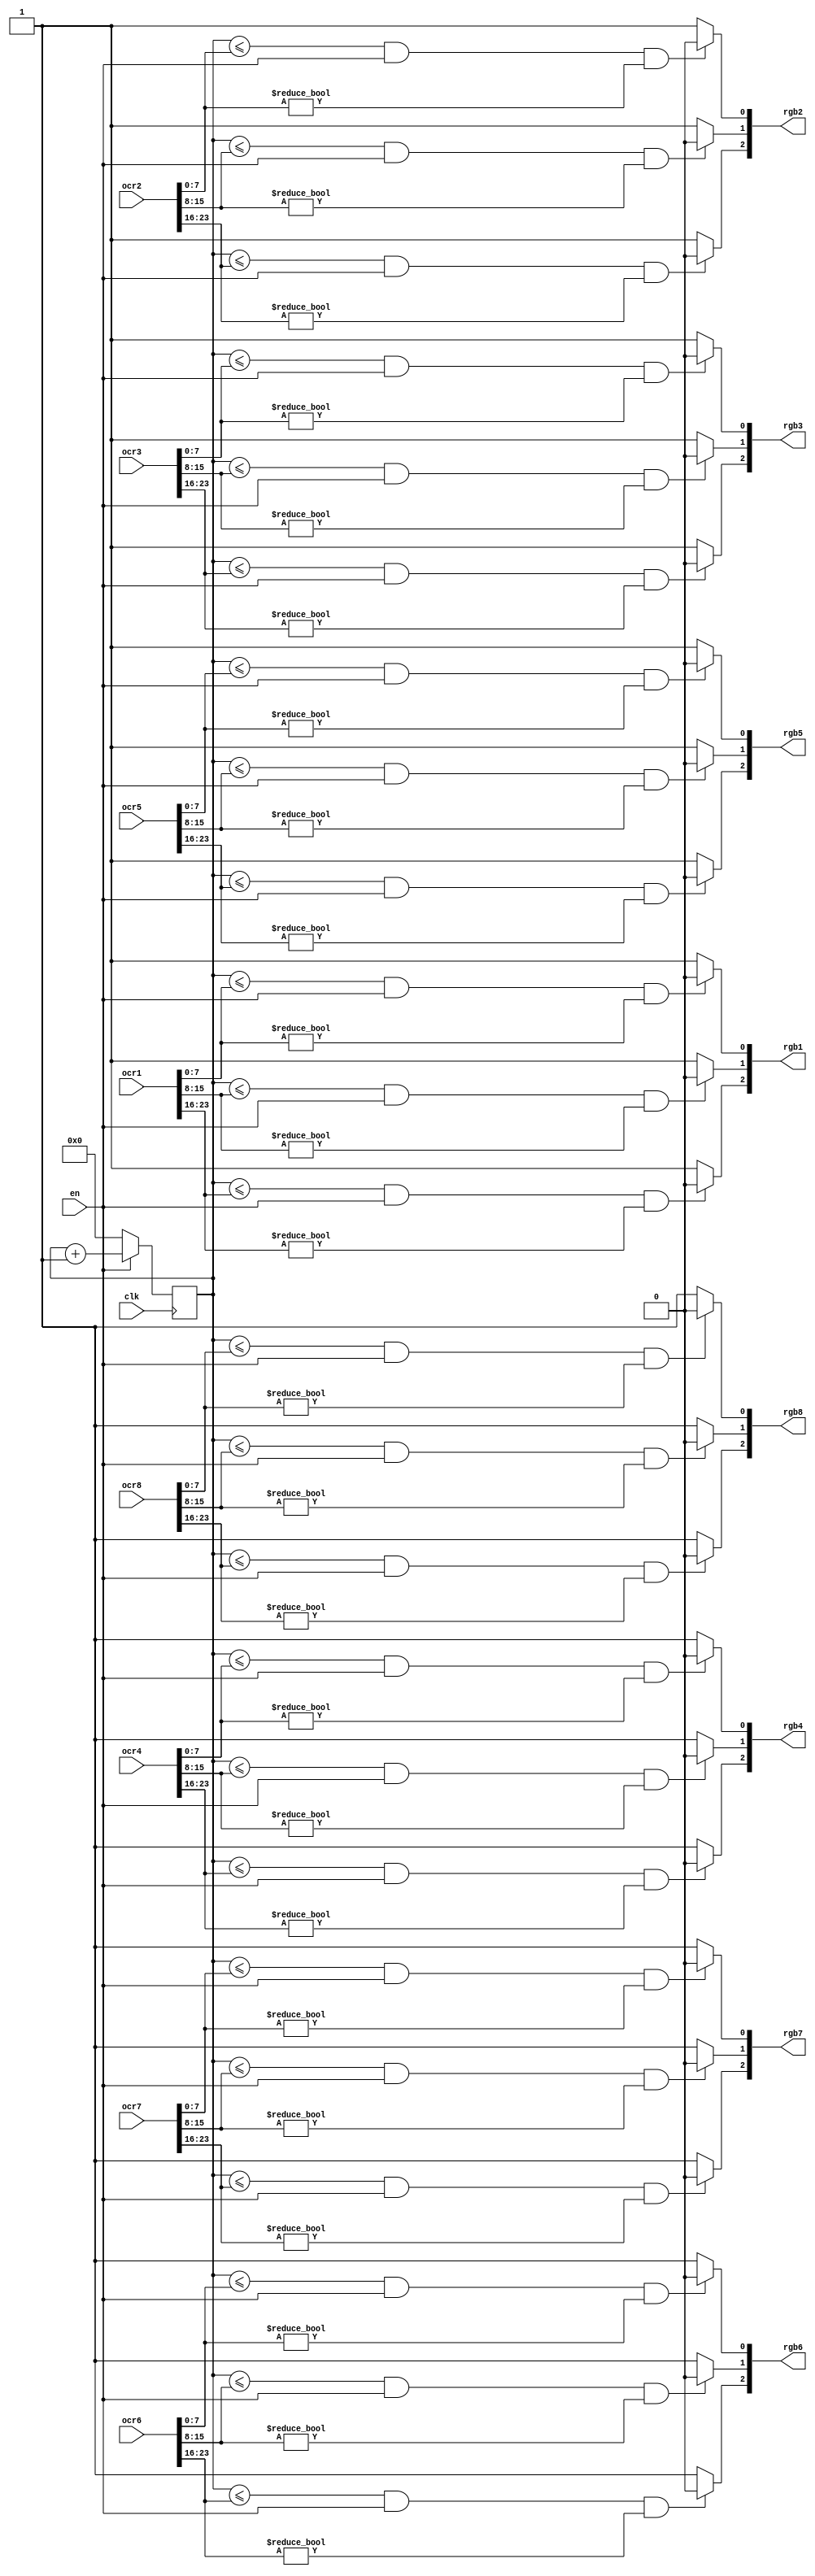
`timescale 1ns / 1ps
//////////////////////////////////////////////////////////////////////////////////
// Company: 
// Engineer: 
// 
// Design Name: 
// Module Name:    pwm_generator 
// Project Name: 
// Target Devices: 
// Tool versions: 
// Description: 
//
// Dependencies: 
//
// Revision: 
// Revision 0.01 - File Created
// Additional Comments: 
//
//////////////////////////////////////////////////////////////////////////////////
module pwm_generator(
input clk,
input [23:0]ocr1,
input [23:0]ocr2,
input [23:0]ocr3,
input [23:0]ocr4,
input [23:0]ocr5,
input [23:0]ocr6,
input [23:0]ocr7,
input [23:0]ocr8,
//input [7:0]ocr,
//input reset,
input en,
//output [2:0]pwm
output [2:0]rgb1,
output [2:0]rgb2,
output [2:0]rgb3,
output [2:0]rgb4,
output [2:0]rgb5,
output [2:0]rgb6,
output [2:0]rgb7,
output [2:0]rgb8
    );
	 reg [7:0] counter=0;
	 reg [4:0]fr_div=0;
	 reg clk_main=0;
	 reg [7:0]bufer_ocr;
	 wire bufer_pwm;
	 
	/* reg [2:0]rgb11;
	 reg [2:0]rgb22;
	 reg [2:0]rgb33;
	 reg [2:0]rgb44;
	 reg [2:0]rgb55;
	 reg [2:0]rgb66;
	 reg [2:0]rgb77;
	 reg [2:0]rgb88;*/
	 
	 always @(posedge clk)//frequency division by 25
	 begin
	 fr_div <= fr_div +1'b1 ;
	 if(fr_div == 24)
		begin
		clk_main <= ~clk_main;
		end
	 end
	 
	 always @(posedge clk/*clk_main*/ /*or negedge reset*/)
	 begin
	 if(en /*& reset*/)
		counter <= counter + 1'b1;
	 else counter <= 0; 
	 end
	/*assign bufer_pwm = (counter <= bufer_ocr && en == 1 && bufer_ocr != 0 ) ? 1'b1 : 1'b0 ;

	always @(posedge clk)
	begin
	case(fr_div)
		0: begin bufer_ocr <= ocr1[7:0];	end
		1: begin bufer_ocr <= ocr1[15:8];	rgb11[0] <= bufer_pwm;	end
		2: begin bufer_ocr <= ocr1[23:16];	rgb11[1] <= bufer_pwm;	end
		
		3: begin bufer_ocr <= ocr2[7:0];	 	rgb11[2] <= bufer_pwm;   end
		4: begin bufer_ocr <= ocr2[15:8];	rgb22[0] <= bufer_pwm;	end
		5: begin bufer_ocr <= ocr2[23:16];	rgb22[1] <= bufer_pwm;	end
		
		6: begin bufer_ocr <= ocr3[7:0];	 	rgb22[2] <= bufer_pwm;   end
		7: begin bufer_ocr <= ocr3[15:8];	rgb33[0] <= bufer_pwm;	end
		8: begin bufer_ocr <= ocr3[23:16];	rgb33[1] <= bufer_pwm;	end
		
		9: begin bufer_ocr <= ocr4[7:0];	 	rgb33[2] <= bufer_pwm;   end
		10: begin bufer_ocr <= ocr4[15:8];	rgb44[0] <= bufer_pwm;	end
		11: begin bufer_ocr <= ocr4[23:16];	rgb44[1] <= bufer_pwm;	end
		
		12: begin bufer_ocr <= ocr5[7:0];	rgb44[2] <= bufer_pwm;   end
		13: begin bufer_ocr <= ocr5[15:8];	rgb55[0] <= bufer_pwm;	end
		14: begin bufer_ocr <= ocr5[23:16];	rgb55[1] <= bufer_pwm;	end
		
		15: begin bufer_ocr <= ocr6[7:0];	rgb55[2] <= bufer_pwm;   end
		16: begin bufer_ocr <= ocr6[15:8];	rgb66[0] <= bufer_pwm;	end
		17: begin bufer_ocr <= ocr6[23:16];	rgb66[1] <= bufer_pwm;	end
		
		18: begin bufer_ocr <= ocr7[7:0];	rgb66[2] <= bufer_pwm;   end
		19: begin bufer_ocr <= ocr7[15:8];	rgb77[0] <= bufer_pwm;	end
		20: begin bufer_ocr <= ocr7[23:16];	rgb77[1] <= bufer_pwm;	end
		
		21: begin bufer_ocr <= ocr8[7:0];	rgb77[2] <= bufer_pwm;   end
		22: begin bufer_ocr <= ocr8[15:8];	rgb88[0] <= bufer_pwm;	end
		23: begin bufer_ocr <= ocr8[23:16];	rgb88[1] <= bufer_pwm;	end
		
		24: begin rgb88[2] <= bufer_pwm;	end
		endcase
	end
	
	always @(posedge clk_main)
	begin
	rgb1[0] <= rgb11[0];
	rgb1[1] <= rgb11[1];
	rgb1[2] <= rgb11[2];
	
	rgb2[0] <= rgb22[0];
	rgb2[1] <= rgb22[1];
	rgb2[2] <= rgb22[2];
	
	rgb3[0] <= rgb33[0];
	rgb3[1] <= rgb33[1];
	rgb3[2] <= rgb33[2];
	
	rgb4[0] <= rgb44[0];
	rgb4[1] <= rgb44[1];
	rgb4[2] <= rgb44[2];
	
	rgb5[0] <= rgb55[0];
	rgb5[1] <= rgb55[1];
	rgb5[2] <= rgb55[2];
	
	rgb6[0] <= rgb66[0];
	rgb6[1] <= rgb66[1];
	rgb6[2] <= rgb66[2];
	
	rgb7[0] <= rgb77[0];
	rgb7[1] <= rgb77[1];
	rgb7[2] <= rgb77[2];
	
	rgb8[0] <= rgb88[0];
	rgb8[1] <= rgb88[1];
	rgb8[2] <= rgb88[2];
	end*/
	//assign pwm = (counter <= ocr && en == 1 && ocr != 0 ) ? 1'b1 : 1'b0 ; 
	//assign pwm[0] = (counter <= ocr[7:0] && en == 1 && ocr[7:0] != 0 ) ? 1'b1 : 1'b0 ; 
	assign rgb1[0] = (counter <= ocr1[7:0] && en == 1 && ocr1[7:0] != 0 ) ? 1'b0 : 1'b1; 
	assign rgb1[1] = (counter <= ocr1[15:8] && en == 1 && ocr1[15:8] != 0 ) ? 1'b0 : 1'b1; 
	assign rgb1[2] = (counter <= ocr1[23:16] && en == 1 && ocr1[23:16] != 0 ) ? 1'b0 : 1'b1;   
	
	assign rgb2[0] = (counter <= ocr2[7:0] && en == 1 && ocr2[7:0] != 0 ) ? 1'b0 : 1'b1; 
	assign rgb2[1] = (counter <= ocr2[15:8] && en == 1 && ocr2[15:8] != 0 ) ? 1'b0 : 1'b1;   
	assign rgb2[2] = (counter <= ocr2[23:16] && en == 1 && ocr2[23:16] != 0 ) ? 1'b0 : 1'b1; 
	
	assign rgb3[0] = (counter <= ocr3[7:0] && en == 1 && ocr3[7:0] != 0 ) ? 1'b0 : 1'b1;   
	assign rgb3[1] = (counter <= ocr3[15:8] && en == 1 && ocr3[15:8] != 0 ) ? 1'b0 : 1'b1;    
	assign rgb3[2] = (counter <= ocr3[23:16] && en == 1 && ocr3[23:16] != 0 ) ? 1'b0 : 1'b1; 
	
	assign rgb4[0] = (counter <= ocr4[7:0] && en == 1 && ocr4[7:0] != 0 ) ? 1'b0 : 1'b1;  
	assign rgb4[1] = (counter <= ocr4[15:8] && en == 1 && ocr4[15:8] != 0 ) ?1'b0 : 1'b1;   
	assign rgb4[2] = (counter <= ocr4[23:16] && en == 1 && ocr4[23:16] != 0 ) ?1'b0 : 1'b1;  
	
	assign rgb5[0] = (counter <= ocr5[7:0] && en == 1 && ocr5[7:0] != 0 ) ? 1'b0 : 1'b1;   
	assign rgb5[1] = (counter <= ocr5[15:8] && en == 1 && ocr5[15:8] != 0 ) ? 1'b0 : 1'b1;  
	assign rgb5[2] = (counter <= ocr5[23:16] && en == 1 && ocr5[23:16] != 0 ) ? 1'b0 : 1'b1; 
	
	assign rgb6[0] = (counter <= ocr6[7:0] && en == 1 && ocr6[7:0] != 0 ) ? 1'b0 : 1'b1;  
	assign rgb6[1] = (counter <= ocr6[15:8] && en == 1 && ocr6[15:8] != 0 )? 1'b0 : 1'b1;    
	assign rgb6[2] = (counter <= ocr6[23:16] && en == 1 && ocr6[23:16] != 0 ) ? 1'b0 : 1'b1;  
	
	assign rgb7[0] = (counter <= ocr7[7:0] && en == 1 && ocr7[7:0] != 0 ) ? 1'b0 : 1'b1;  
	assign rgb7[1] = (counter <= ocr7[15:8] && en == 1 && ocr7[15:8] != 0 ) ? 1'b0 : 1'b1;  
	assign rgb7[2] = (counter <= ocr7[23:16] && en == 1 && ocr7[23:16] != 0 ) ? 1'b0 : 1'b1;   
	
	assign rgb8[0] = (counter <= ocr8[7:0] && en == 1 && ocr8[7:0] != 0 ) ? 1'b0 : 1'b1;  
	assign rgb8[1] = (counter <= ocr8[15:8] && en == 1 && ocr8[15:8] != 0 )  ? 1'b0 : 1'b1;  
	assign rgb8[2] = (counter <= ocr8[23:16] && en == 1 && ocr8[23:16] != 0 ) ? 1'b0 : 1'b1;    
	
	
endmodule